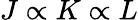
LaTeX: J\propto K\propto L